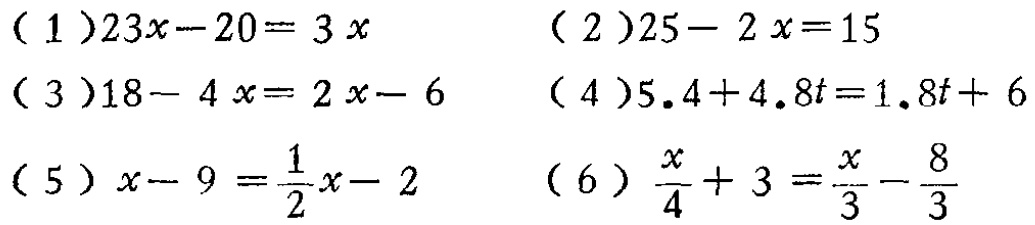
（1）\(23x - 20 = 3x\)

（2）\(25 - 2x = 15\)

（3）\(18 - 4x = 2x - 6\)

（4）\(5.4 + 4.8t = 1.8t + 6\)

（5）\(x - 9 = \frac{1}{2}x - 2\)

（6）\(\frac{x}{4} + 3 = \frac{x}{3} - \frac{8}{3}\)